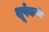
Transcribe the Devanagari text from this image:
शूर्पकर्ण